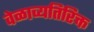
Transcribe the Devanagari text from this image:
वेळाव्यतिरिक्त